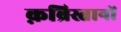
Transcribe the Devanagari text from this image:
क़ब्रिस्तानों